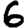
Digit: 6